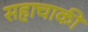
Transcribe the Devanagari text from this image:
सहाचाकी